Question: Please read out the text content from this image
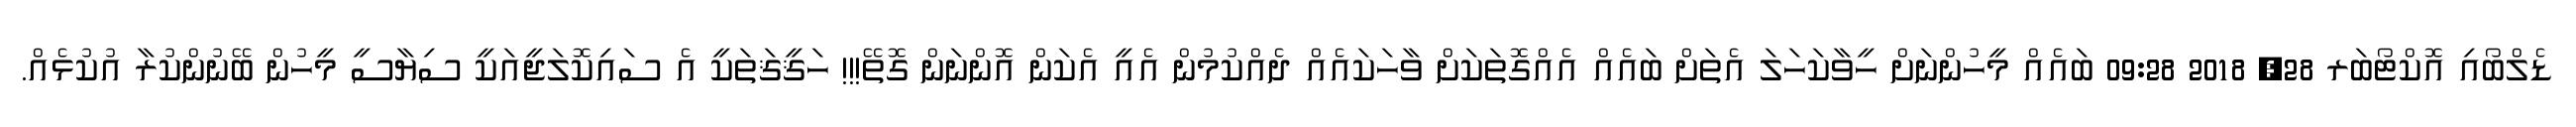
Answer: ޑެލްބޯއި އޮކްޓޯބަރ 28, 2018 09:28 ބައެއް މީހުންނަށް ހީވާކަހަލަ އެތަށް ބައެއް އެއްގޮތަކަށް ވާހަކައެއް ދެއްކުމުން އެއީ އެކަން އޮންނަން ގޮތޭ!!! ހަޤީޤަތަކީ އެ ސައިކޮލަޖީއަކީ ސިޔާސީ މީހުން ބޭނުންކުރާ އުކުޅެއް.